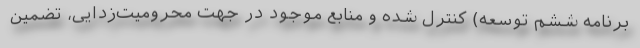
برنامه ششم توسعه) کنترل شده و منابع موجود در جهت محرومیت‌زدایی، تضمین